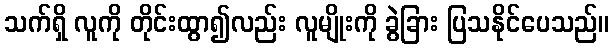
သက်ရှိ လူကို တိုင်းထွာ၍လည်း လူမျိုးကို ခွဲခြား ပြသနိုင်ပေသည်။